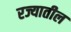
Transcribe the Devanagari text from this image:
रज्यातील